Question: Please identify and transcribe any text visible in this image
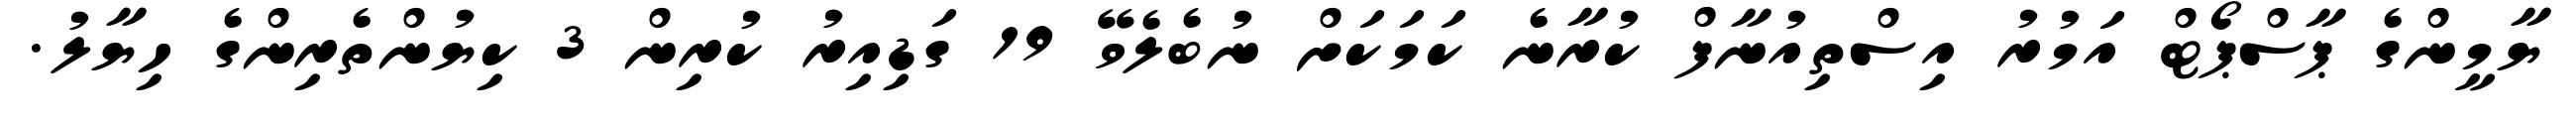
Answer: ޔާމީންގެ ޕާސްޕޯޓް އަމުރު އިސްތިއުނާފް ކުރާނެ ކަމަކަށް ނުބެލެވޭ 19 ގަޑިއިރު ކުރިން 3 ކިޔުންތެރިންގެ ހިޔާލު.